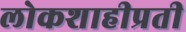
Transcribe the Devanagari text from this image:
लोकशाहीप्रती